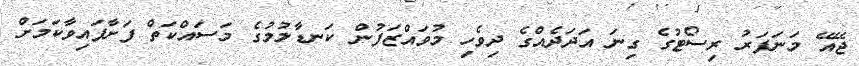
ޖޭއޭ މަނަފަރު ރިސޯޓުގެ ގިނަ އަދަދެއްގެ ދިވެހި މުވައްޒަފުން ކަނޑާލުމުގެ މަސައްކަތް ފަށާފައިވާކަމަށް